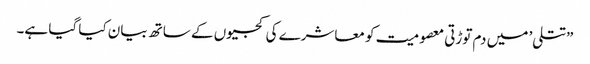
”تتلی’ میں دم توڑتی معصومیت کو معاشرے کی کجیوں کے ساتھ بیان کیا گیا ہے۔